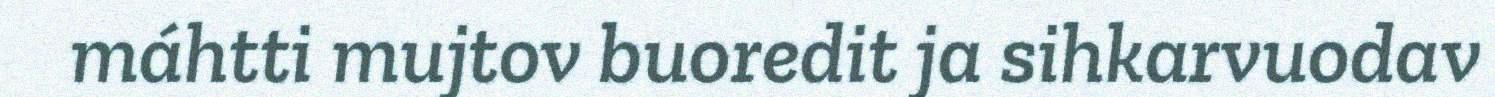
máhtti mujtov buoredit ja sihkarvuodav